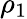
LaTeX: \rho_{1}